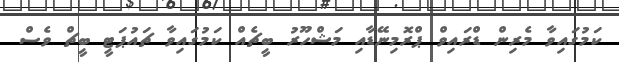
ކަމުގައިވާ މެރިން ޑްރައިވް ޕްރޮމިނޭޑާއި މަޝްހޫރު ބީޗެއް ކަމުގައިވާ ޗައުޕަޓީ ބީޗް ވެސް